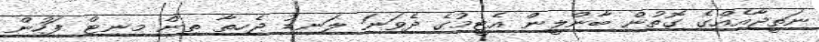
ނަތީޖާއެއްގެ ގޮތުން ބާންލީން އެޓީމުގެ ދެވަނަ ލަނޑު ޖެހިތާ ތިން މިނިޓް ފަހުން